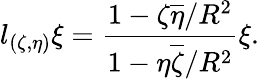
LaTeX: l_{(\zeta,\eta)}\xi=\frac{1-\zeta\overline{{\eta}}/R^{2}}{1-\eta\overline{{\zeta}}/R^{2}}\xi.